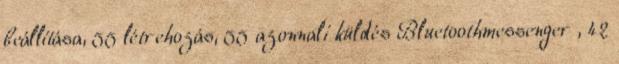
beállítása, 55 létrehozás, 55 azonnali küldés Bluetoothmessenger , 42